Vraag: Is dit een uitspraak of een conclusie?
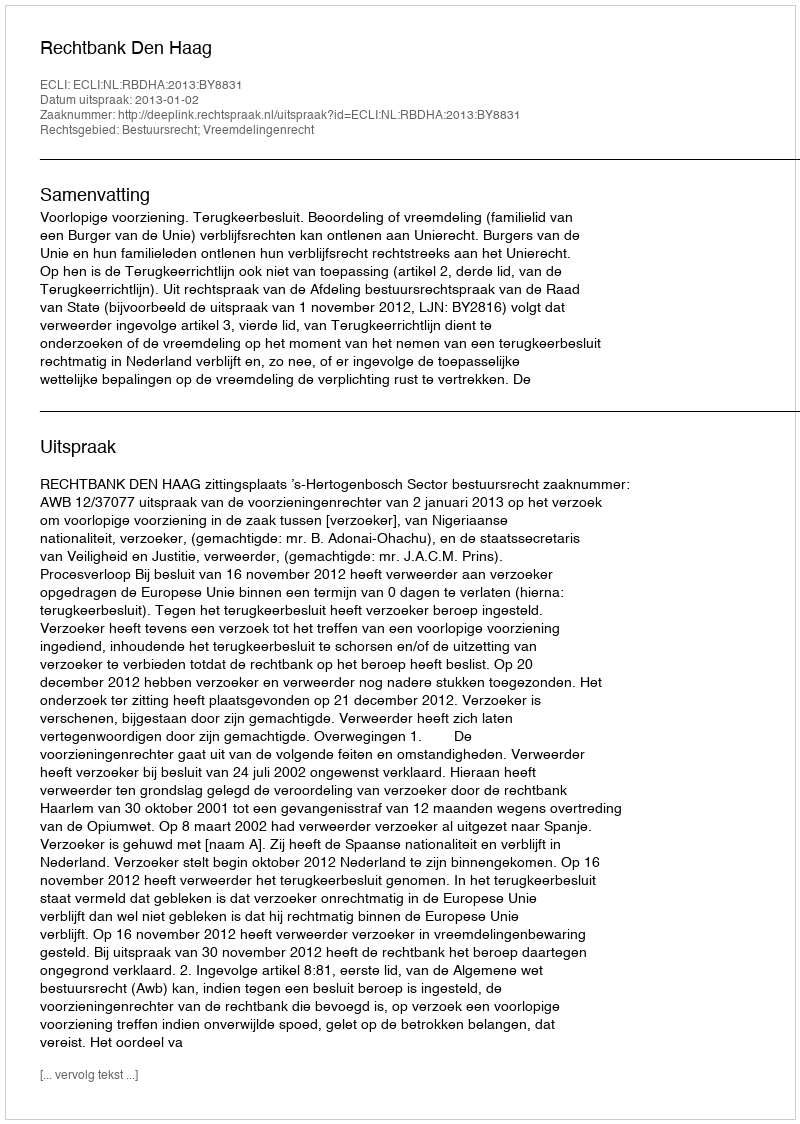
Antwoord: Uitspraak